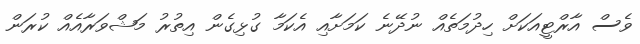
ވެސް އާރްޓީއަކަށް ހިދުމަތެއް ނުދޭނެ ކަމަށާއި އެކަމާ ގުޅިގެން އިތުރު މަޝްވަރާއެއް ކުރަން